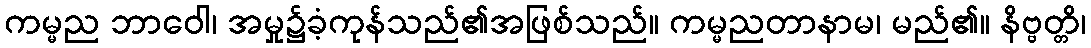
ကမ္မည ဘာဝေါ၊ အမှု၌ခံ့ကုန်သည်၏အဖြစ်သည်။ ကမ္မညတာနာမ၊ မည်၏။ နိဗ္ဗတ္တိ၊